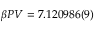
\beta P V = 7 . 1 2 0 9 8 6 ( 9 )